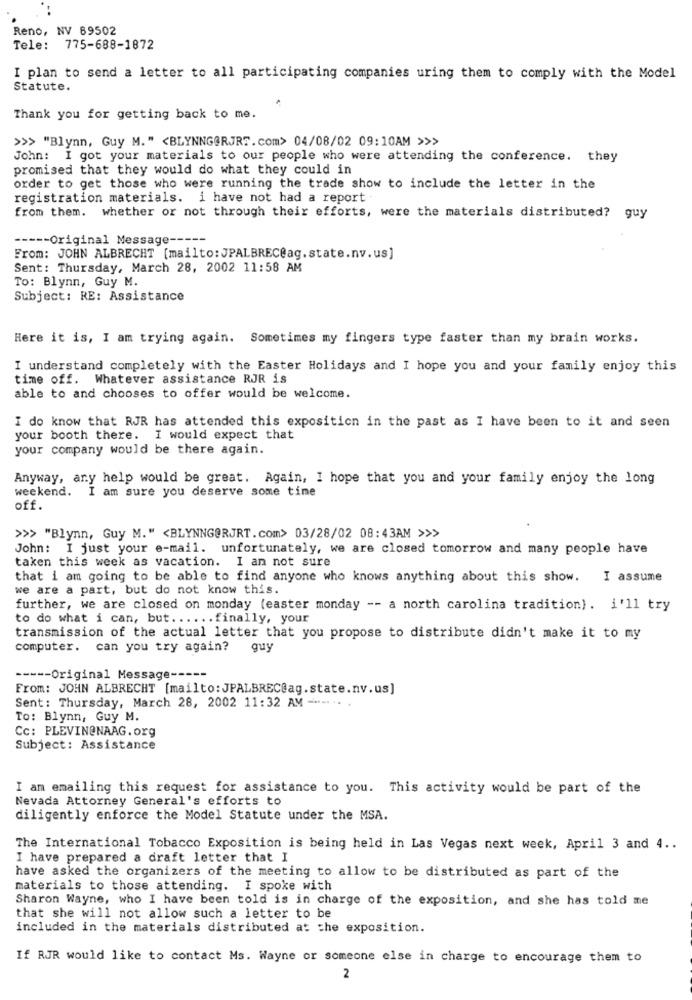
Reno, NV 89502
Tele: 775-688-1872
I plan to send a letter to all participating companies uring them to comply with the Model
Statute.
Thank you for getting back to me.
>>> "Blynn, Guy M." <BLYNNG@RJRT.com> 04/08/02 09:10AM >>>
John: I got your materials to our people who were attending the conference. they
promised that they would do what they could in
order to get those who were running the trade show to include the letter in the
registration materials. i have not had a report .
from them.
whether or not through their efforts, were the materials distributed? guy
----- Original Message ---
From: JOHN ALBRECHT [mailto: JPALBREC@ag.state.nv.us]
Sent: Thursday, March 28, 2002 11:58 AM
To: Blynn, Guy M.
Subject: RE: Assistance
Here it is, I am trying again. Sometimes my fingers type faster than my brain works.
I understand completely with the Easter Holidays and I hope you and your family enjoy this
time off. Whatever assistance RJR is
able to and chooses to offer would be welcome.
I do know that RJR has attended this exposition in the past as I have been to it and seen
your booth there. I would expect that
your company would be there again.
Anyway, any help would be great. Again, I hope that you and your family enjoy the long
weekend. I am sure you deserve some time
off.
>>> "Blynn, Guy M." <BLYNNG@RJRT.com> 03/28/02 08:43AM >>>
John: I just your e-mail. unfortunately, we are closed tomorrow and many people have
taken this week as vacation. I an not sure
that i am going to be able to find anyone who knows anything about this show. I assume
we are a part, but do not know this.
further, we are closed on monday (easter monday -- a north carolina tradition). i'll try
to do what i can, but ...... finally, your
transmission of the actual letter that you propose to distribute didn't make it to my
computer. can you try again?
guy
----- Original Message ---
From: JOHN ALBRECHT [mailto: JPALBREC@ag.state.nv.us]
Sent: Thursday, March 28, 2002 11:32 AM ---.. .
To: Blynn, Guy M.
Cc: PLEVIN@NAAG. org
Subject: Assistance
I am emailing this request for assistance to you. This activity would be part of the
Nevada Attorney General's efforts to
diligently enforce the Model Statute under the MSA.
The International Tobacco Exposition is being held in Las Vegas next week, April 3 and 4 ..
I have prepared a draft letter that I
have asked the organizers of the meeting to allow to be distributed as part of the
materials to those attending. I spoke with
Sharon Wayne, who I have been told is in charge of the exposition, and she has told me
that she will not allow such a letter to be
included in the materials distributed at the exposition.
If RJR would like to contact Ms. Wayne or someone else in charge to encourage them to
2